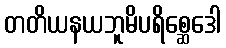
တတိယနယဘူမိပရိစ္ဆေဒေါ